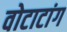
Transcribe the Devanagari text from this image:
वोटाटांग